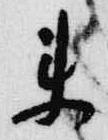
来